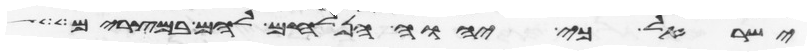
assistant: ישראל כי יהוה הנלחם להם במצרים